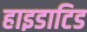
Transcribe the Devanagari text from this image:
हाइडाटिड